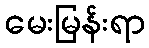
မေးမြန်းရာ